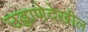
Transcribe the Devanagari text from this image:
उड्डाणेदेखील